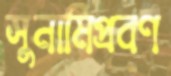
সুনামিপ্রবণ